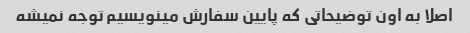
اصلا به اون توضیحاتی که پایین سفارش مینویسیم توجه نمیشه